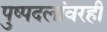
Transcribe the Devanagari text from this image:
पुष्पदलांवरही